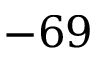
- 6 9